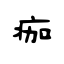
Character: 痂